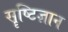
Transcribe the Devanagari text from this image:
सॄष्टिज्ञान